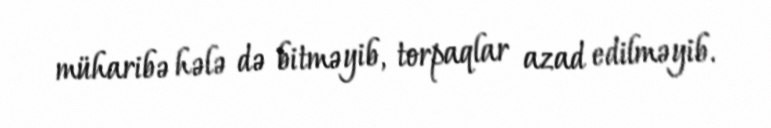
müharibə hələ də bitməyib, torpaqlar azad edilməyib.